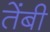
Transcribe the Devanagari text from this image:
तेंबी